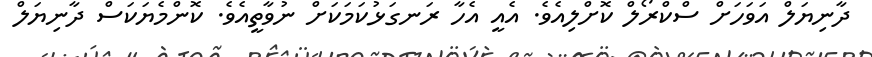
ދާނިޔަލް އަވަހަށް ސްކްރޯލް ކޮށްލިއެވެ. އެއީ އެހާ ރަނގަޅުކަމަކަށް ނުވާތީއެވެ. ކޮންމެޔަކަސް ދާނިޔަލް